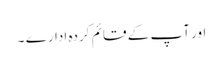
اور آپ کے قائم کردہ ادارے ۔